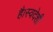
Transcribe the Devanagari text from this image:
है।स्वदेशी